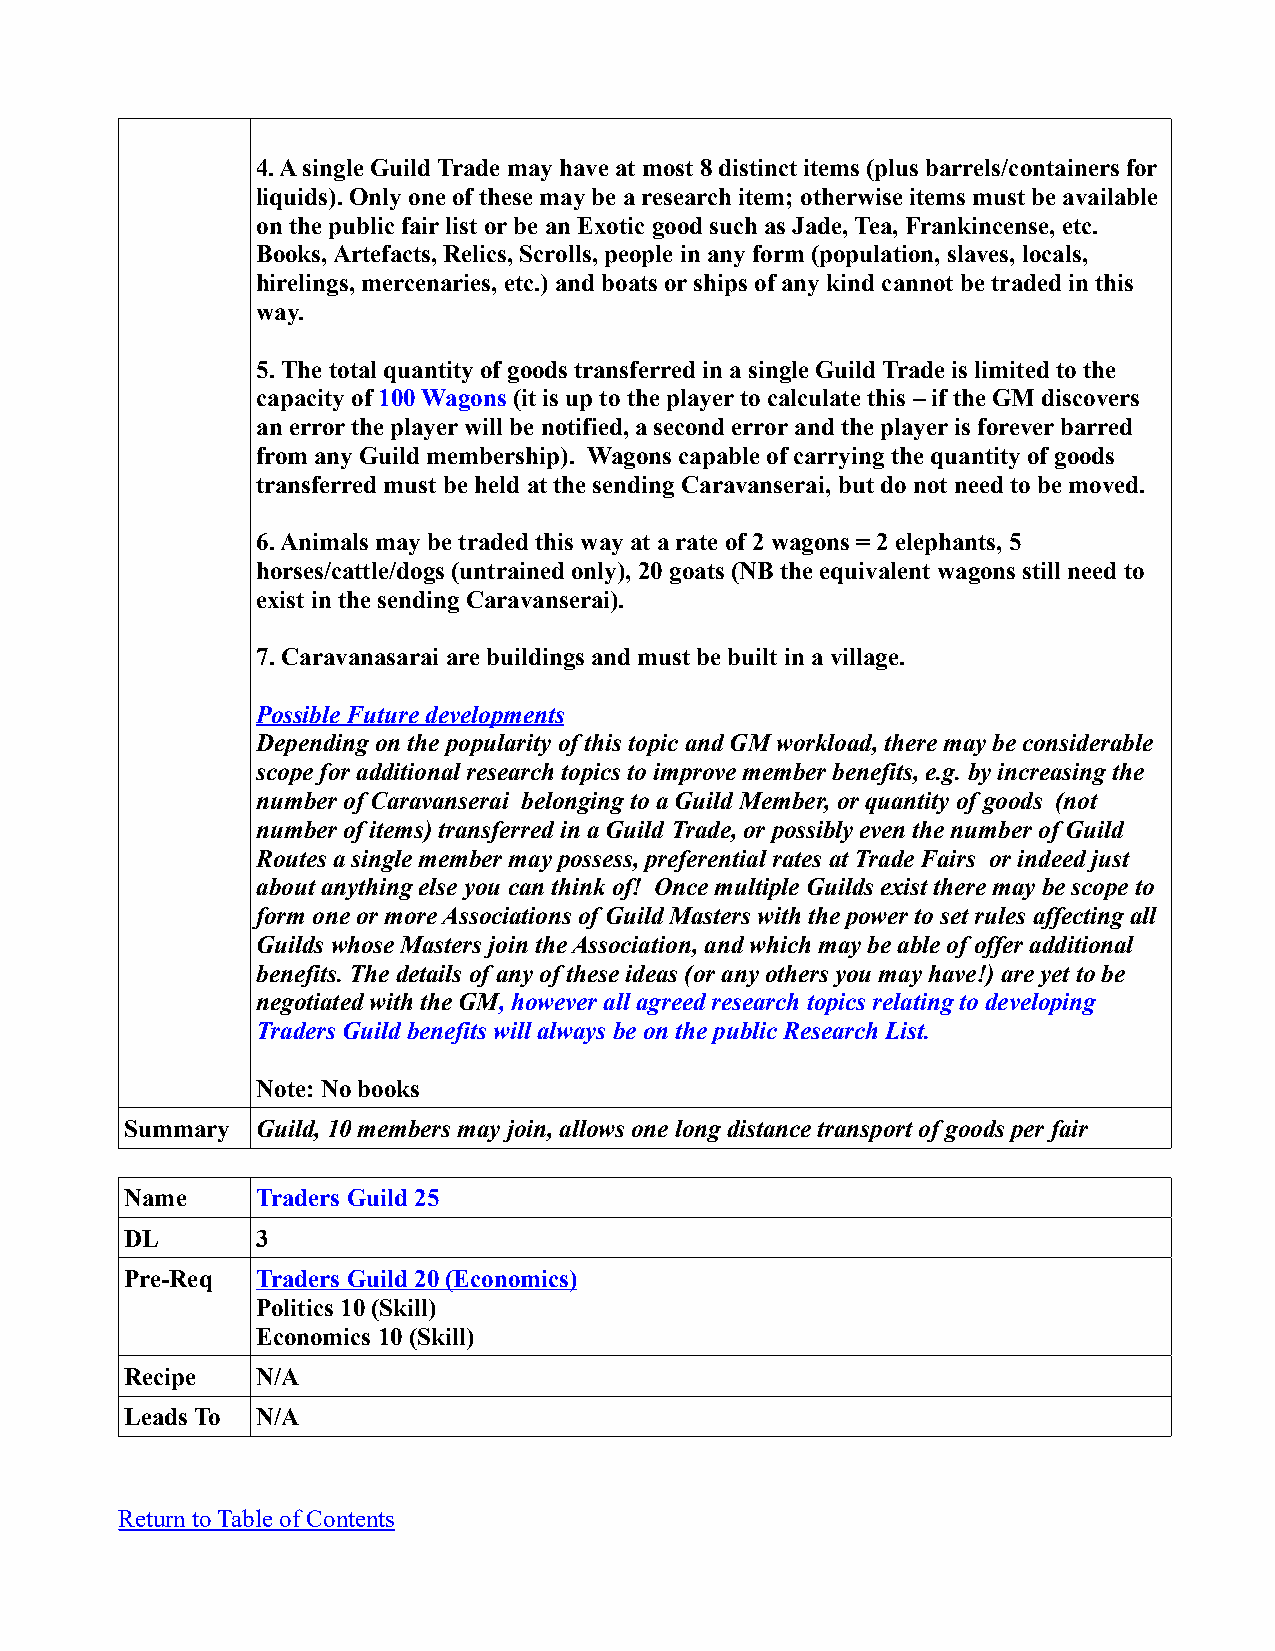
4. A single Guild Trade may have at most 8 distinct items (plus barrels/containers for
 liquids). Only one of these may be a research item; otherwise items must be available
 on the public fair list or be an Exotic good such as Jade, Tea, Frankincense, etc.
 Books, Artefacts, Relics, Scrolls, people in any form (population, slaves, locals,
 hirelings, mercenaries, etc.) and boats or ships of any kind cannot be traded in this
 way.
 5. The total quantity of goods transferred in a single Guild Trade is limited to the
 capacity of 100 Wagons (it is up to the player to calculate this – if the GM discovers
 an error the player will be notified, a second error and the player is forever barred
 from any Guild membership). Wagons capable of carrying the quantity of goods
 transferred must be held at the sending Caravanserai, but do not need to be moved.
 6. Animals may be traded this way at a rate of 2 wagons = 2 elephants, 5
 horses/cattle/dogs (untrained only), 20 goats (NB the equivalent wagons still need to
 exist in the sending Caravanserai).
 7. Caravanasarai are buildings and must be built in a village.
 Possible Future developments
 Depending on the popularity of this topic and GM workload, there may be considerable
 scope for additional research topics to improve member benefits, e.g. by increasing the
 number of Caravanserai belonging to a Guild Member, or quantity of goods (not
 number of items) transferred in a Guild Trade, or possibly even the number of Guild
 Routes a single member may possess, preferential rates at Trade Fairs or indeed just
 about anything else you can think of! Once multiple Guilds exist there may be scope to
 form one or more Associations of Guild Masters with the power to set rules affecting all
 Guilds whose Masters join the Association, and which may be able of offer additional
 benefits. The details of any of these ideas (or any others you may have!) are yet to be
 negotiated with the GM, however all agreed research topics relating to developing
 Traders Guild benefits will always be on the public Research List.
 Note: No books
 Summary  Guild, 10 members may join, allows one long distance transport of goods per fair
 Name     Traders Guild 25
 DL       3
 Pre-Req  Traders Guild 20 (Economics)
 Politics 10 (Skill)
 Economics 10 (Skill)
 Recipe   N/A
 Leads To N/A
 Return to Table of Contents